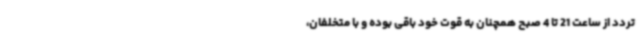
تردد از ساعت 21 تا 4 صبح همچنان به قوت خود باقی بوده و با متخلفان‌،